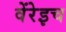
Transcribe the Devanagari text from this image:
वेंरेइच